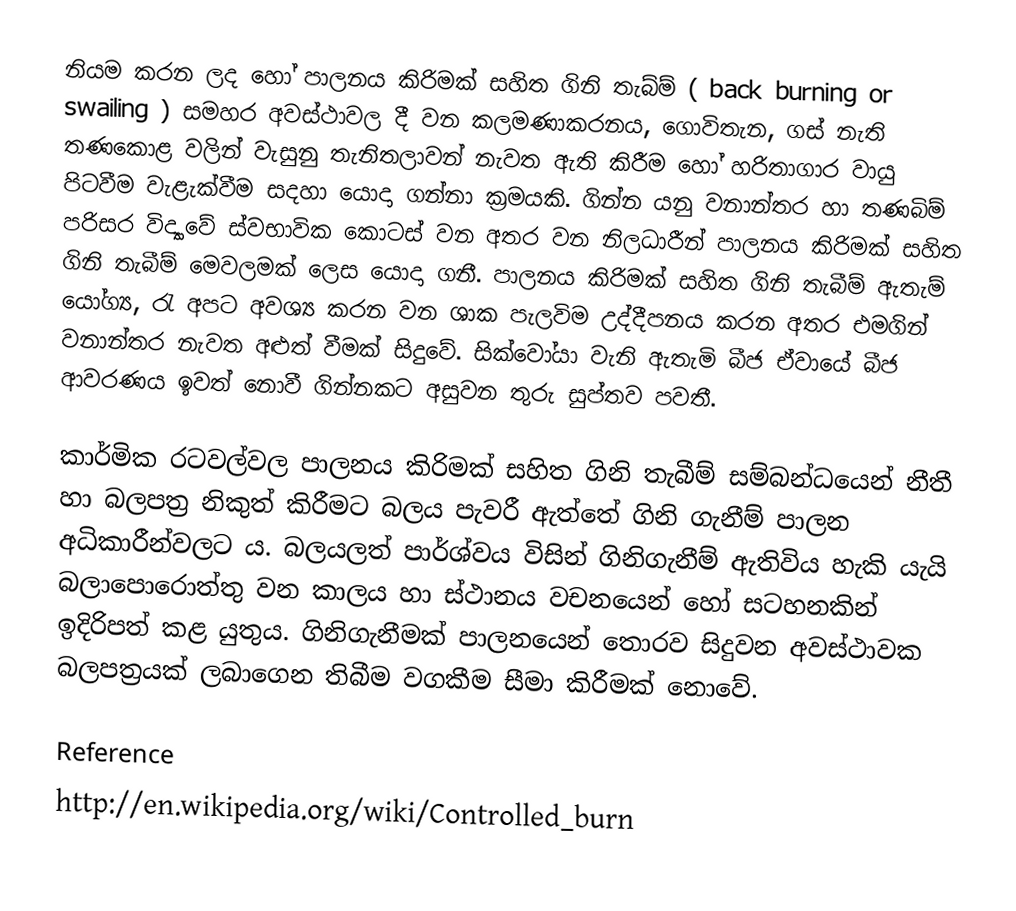
නියම කරන ලද හෝ පාලනය කිරිමක් සහිත ගිනි තැබ්ම් ( back burning or swailing ) සමහර අවස්ථාවල දී වන කලමණාකරනය, ගොවිතැන, ගස් නැති තණකොළ වලින් වැසුනු තැනිතලාවන් නැවත ඇති කිරීම හෝ හරිතාගාර වායු පිටවීම වැළැක්වීම සදහා යොදා ගන්නා ක්‍රමයකි. ගින්න යනු වනාන්තර හා තණබිම් පරිසර විද්‍යාවේ ස්වභාවික කොටස් වන අතර වන නිලධාරීන් පාලනය කිරිමක් සහිත ගිනි තැබීම් මෙවලමක් ලෙස යොදා ගනී. පාලනය කිරිමක් සහිත ගිනි තැබීම් ඇතැම් යෝග්‍ය, රැ අපට අවශ්‍ය කරන වන ශාක පැලවිම උද්දීපනය කරන අතර එමගින් වනාන්තර නැවත අළුත් වීමක් සිදුවේ. සික්වෝයා වැනි ඇතැමි බීජ ඒවායේ බීජ ආවරණය ඉවත් නොවී ගින්නකට අසුවන තුරු සුප්තව පවතී.

කාර්මික රටවල්වල පාලනය කිරිමක් සහිත ගිනි තැබීම් සම්බන්ධයෙන් නීතී හා බලපත්‍ර නිකුත් කිරීමට බලය පැවරී ඇත්තේ ගිනි ගැනීම් පාලන අධිකාරීන්වලට ය. බලයලත් පාර්ශ්වය විසින් ගිනිගැනීම් ඇතිවිය හැකි යැයි බලාපොරොත්තු වන කාලය හා ස්ථානය වචනයෙන් හෝ සටහනකින් ඉදිරිපත් කළ යුතුය. ගිනිගැනීමක් පාලනයෙන් තොරව සිදුවන අවස්ථාවක බලපත්‍රයක් ලබාගෙන තිබීම වගකීම සීමා කිරීමක් නොවේ.

Reference
http://en.wikipedia.org/wiki/Controlled_burn